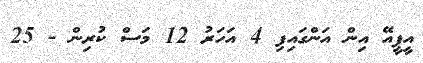
އީޕީއޭ އިން އަންގައިފި 4 އަހަރު 12 މަސް ކުރިން - 25